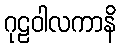
ဂုဠဝါလကာနိ